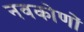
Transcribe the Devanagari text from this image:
नवकोणों